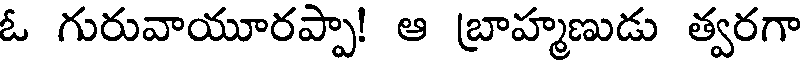
ఓ గురువాయూరప్పా! ఆ బ్రాహ్మణుడు త్వరగా